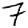
Digit: 7